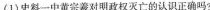
(1)史料一中黄宗羲对明政权灭亡的认识正确吗?